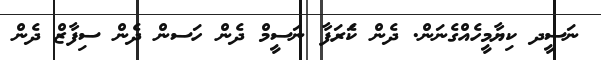
ނަސީދ ކިޔާމީހެއްގެނަން. ދެން ކަެރަފާ ނަސީމް ދެން ހަސން ދެން ސިފާޒް ދެން